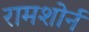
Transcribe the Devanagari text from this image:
रामशोर्न